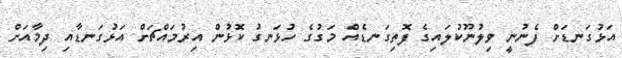
އަޅުގަނޑަށް ފެނުނީ ވިލުނޫކުލައިގެ ފޮތިގަނޑެއް މަގުގެ ހުޅަނގު ކޮޅުން އިރުމައްޗަށް އަޅުގަނޑާއި ދިމާއަށް